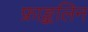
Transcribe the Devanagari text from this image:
फ्राङ्कलिन